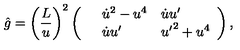
\hat { g } = \left( { \frac { L } { u } } \right) ^ { 2 } \left( \begin{array} { l l l } { } & { { \dot { u } } ^ { 2 } - u ^ { 4 } } & { { \dot { u } } { u ^ { \prime } } } \\ { } & { { \dot { u } } { u ^ { \prime } } } & { { u ^ { \prime } } ^ { 2 } + u ^ { 4 } } \\ \end{array} \right) ,